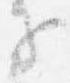
子